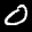
Label: 0